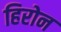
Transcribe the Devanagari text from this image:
हिरोन